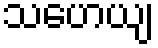
သဟေယျ